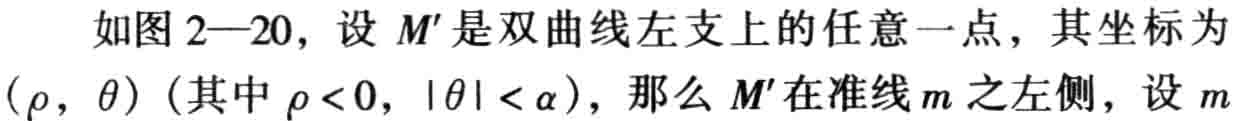
如图 2—20，设 \(M'\) 是双曲线左支上的任意一点，其坐标为 \((\rho,\theta)\)（其中 \(\rho<0,|\theta|<\alpha\)），那么 \(M'\) 在准线 \(m\) 之左侧，设 \(m\)